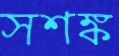
সশঙ্ক